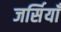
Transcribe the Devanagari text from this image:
जर्सियाँ